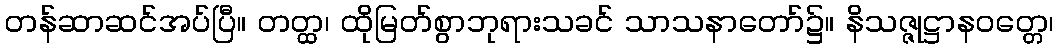
တန်ဆာဆင်အပ်ပြီ။ တတ္ထ၊ ထိုမြတ်စွာဘုရားသခင် သာသနာတော်၌။ နိသဇ္ဇုဋ္ဌာနဝတ္တေ၊